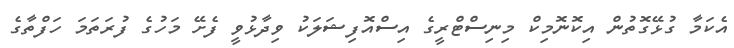
އެކަމާ ގުޅޭގޮތުން އިކޮނޮމިކް މިނިސްޓްރީގެ އިސްއޮފިޝަލަކު ވިދާޅުވީ ފެށޭ މަހުގެ ފުރަތަމަ ހަފްތާގެ